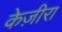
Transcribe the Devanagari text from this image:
केज़ीरा